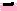
Text: -